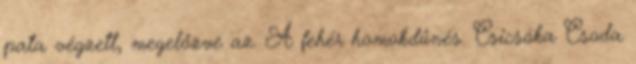
pata végzett, megelőzve az. A fehér homokdűnés. Csicsóka Csoda